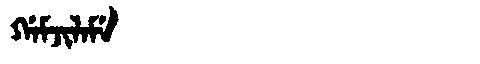
Manchu: ᡤᠠᠮᠵᡳᠯᠠᠮᡝ
Romanization: GAMJILAME